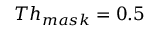
T h _ { m a s k } = 0 . 5